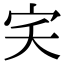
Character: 宎